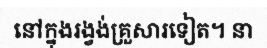
នៅក្នុងរង្វង់គ្រួសារទៀត។ នា